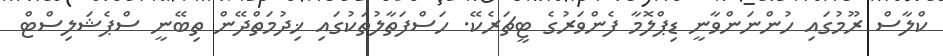
ކްލާސް ރޫމުގައި ހުންނަންވާނީ ޑިޕްލޮމާ ފެންވަރުގެ ޓީޗަރެކޭ. ހަސްފަތާލުތަކުގައި ޚިދުމަތްދޭން ތިބޭނީ ސްޕެޝަލިސްޓް